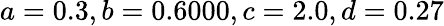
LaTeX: a=0.3,b=0.6000,c=2.0,d=0.27